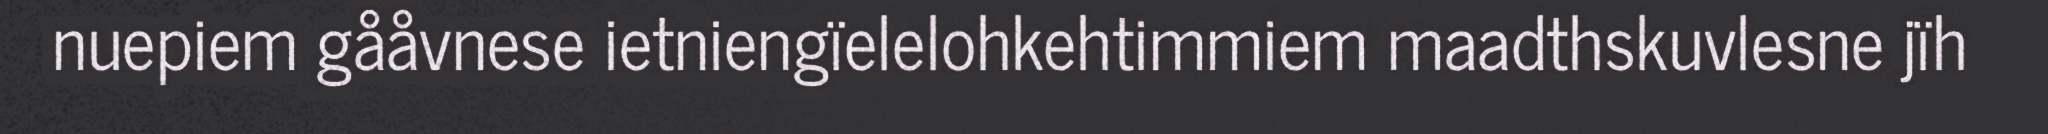
nuepiem gååvnese ietniengïelelohkehtimmiem maadthskuvlesne jïh